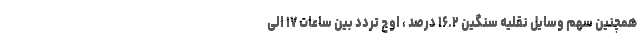
همچنین سهم وسایل نقلیه سنگین ۱۶.۲ درصد ، اوج تردد بین ساعات ۱۷ الی